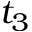
t _ { 3 }